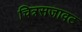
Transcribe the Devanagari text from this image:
चित्रसजावट